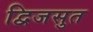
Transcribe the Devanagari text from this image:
द्विजसुत